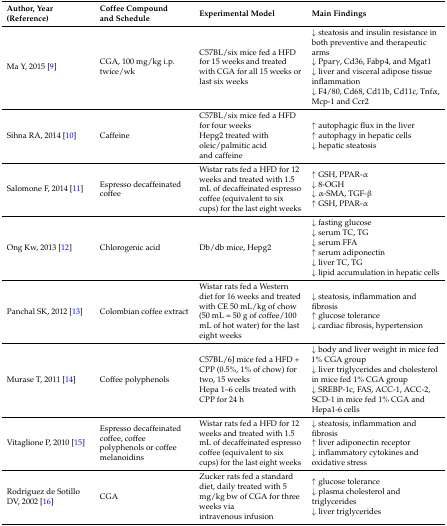
<table><thead><tr><td><b>Author, Year (Reference)</b></td><td><b>Coffee Compound and Schedule</b></td><td><b>Experimental Model</b></td><td><b>Main Findings</b></td></tr></thead><tbody><tr><td>Ma Y, 2015 [9]</td><td>CGA, 100 mg/kg i.p. twice/wk</td><td>C57BL/six mice fed a HFD for 15 weeks and treated with CGA for all 15 weeks or last six weeks</td><td>↓ steatosis and insulin resistance in both preventive and therapeutic arms↓ Pparγ, Cd36, Fabp4, and Mgat1↓ liver and visceral adipose tissue inflammation↓ F4/80, Cd68, Cd11b, Cd11c, Tnfα, Mcp-1 and Ccr2</td></tr><tr><td>Sihna RA, 2014 [10]</td><td>Caffeine</td><td>C57BL/six mice fed a HFD for four weeksHepg2 treated with oleic/palmitic acid and caffeine</td><td>↑ autophagic flux in the liver↑ autophagy in hepatic cells↓ hepatic steatosis</td></tr><tr><td>Salomone F, 2014 [11]</td><td>Espresso decaffeinated coffee</td><td>Wistar rats fed a HFD for 12 weeks and treated with 1.5 mL of decaffeinated espresso coffee (equivalent to six cups) for the last eight weeks</td><td>↑ GSH, PPAR-α↓ 8-OGH↓ α-SMA, TGF-β↑ GSH, PPAR-α</td></tr><tr><td>Ong Kw, 2013 [12]</td><td>Chlorogenic acid</td><td>Db/db mice, Hepg2</td><td>↓ fasting glucose↓ serum TC, TG↓ serum FFA↑ serum adiponectin↓ liver TC, TG↓ lipid accumulation in hepatic cells</td></tr><tr><td>Panchal SK, 2012 [13]</td><td>Colombian coffee extract</td><td>Wistar rats fed a Western diet for 16 weeks and treated with CE 50 mL/kg of chow (50 mL = 50 g of coffee/100 mL of hot water) for the last eight weeks</td><td>↓ steatosis, inflammation and fibrosis↑ glucose tolerance↓ cardiac fibrosis, hypertension</td></tr><tr><td>Murase T, 2011 [14]</td><td>Coffee polyphenols</td><td>C57BL/6J mice fed a HFD + CPP (0.5%, 1% of chow) for two, 15 weeksHepa 1–6 cells treated with CPP for 24 h</td><td>↓ body and liver weight in mice fed 1% CGA group↓ liver triglycerides and cholesterol in mice fed 1% CGA group↓ SREBP-1c, FAS, ACC-1, ACC-2, SCD-1 in mice fed 1% CGA and Hepa1-6 cells</td></tr><tr><td>Vitaglione P, 2010 [15]</td><td>Espresso decaffeinated coffee, coffee polyphenols or coffee melanoidins</td><td>Wistar rats fed a HFD for 12 weeks and treated with 1.5 mL of decaffeinated espresso coffee (equivalent to six cups) for the last eight weeks</td><td>↓ steatosis, inflammation and fibrosis↑ liver adiponectin receptor↓ inflammatory cytokines and oxidative stress</td></tr><tr><td>Rodriguez de Sotillo DV, 2002 [16]</td><td>CGA</td><td>Zucker rats fed a standard diet, daily treated with 5 mg/kg bw of CGA for three weeks via intravenous infusion</td><td>↑ glucose tolerance↓ plasma cholesterol and triglycerides↓ liver triglycerides</td></tr></tbody></table>